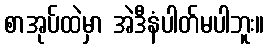
စာအုပ်ထဲမှာ အဲဒီနံပါတ်မပါဘူး။